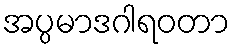
အပ္ပမာဒဂါရဝတာ